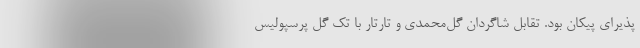
پذیرای پیکان بود. تقابل شاگردان گل‌محمدی و تارتار با تک گل پرسپولیس